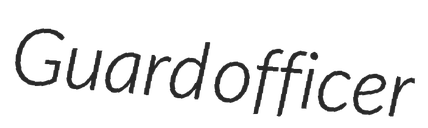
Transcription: Guard officer